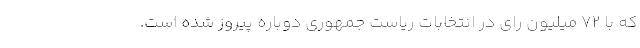
که با ۷۲ میلیون رای در انتخابات ریاست جمهوری دوباره پیروز شده است.